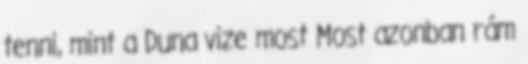
tenni, mint a Duna vize most Most azonban rám